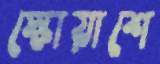
স্কোয়াশে